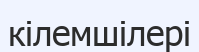
кілемшілері